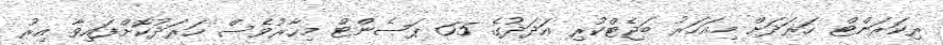
ރިކަރަންޓް ހަރަދަށް މިއަހަރު ބަޖެޓްކުރި އަދަދުގެ 65 ޕަސެންޓް މިހާރުވެސް ހަރަދުކޮށްފައިވާ އިރު